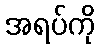
အရပ်ကို